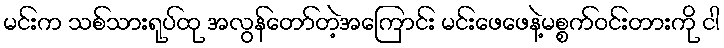
မင်းက သစ်သားရုပ်ထု အလွန်တော်တဲ့အကြောင်း မင်းဖေဖေနဲ့မစ္စက်ဝင်းတားကို ငါ